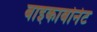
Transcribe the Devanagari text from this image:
बाइकाबोनेट